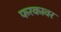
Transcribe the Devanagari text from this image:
फरकावर